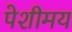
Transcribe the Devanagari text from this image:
पेशीमय